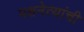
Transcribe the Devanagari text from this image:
पक्षनेत्यांची